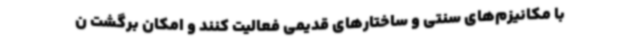
با مکانیزم‌های سنتی و ساختارهای قدیمی فعالیت کنند و امکان برگشت ن